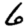
Digit: 6